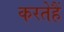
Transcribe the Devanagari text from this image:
करतेहैं